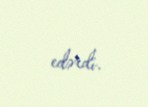
edərdi.